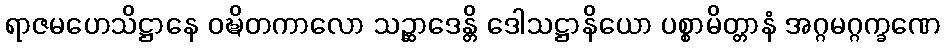
ရာဇမဟေသိဋ္ဌာနေ ဝဍ္ဎိတကာလော သဉ္ဆာဒေန္တိ ဒေါသဋ္ဌာနိယော ပစ္စာမိတ္တာနံ အဂ္ဂမဂ္ဂက္ခဏေ